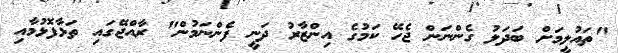
"ތައުލީމަށް ބަދަލު ގެންނަން ޖެހޭ ކަމުގެ އިންޒާރު ދަނީ ފެންނަމުން" ރާއްޖޭގައި ތަޅާފޮޅުމާއި